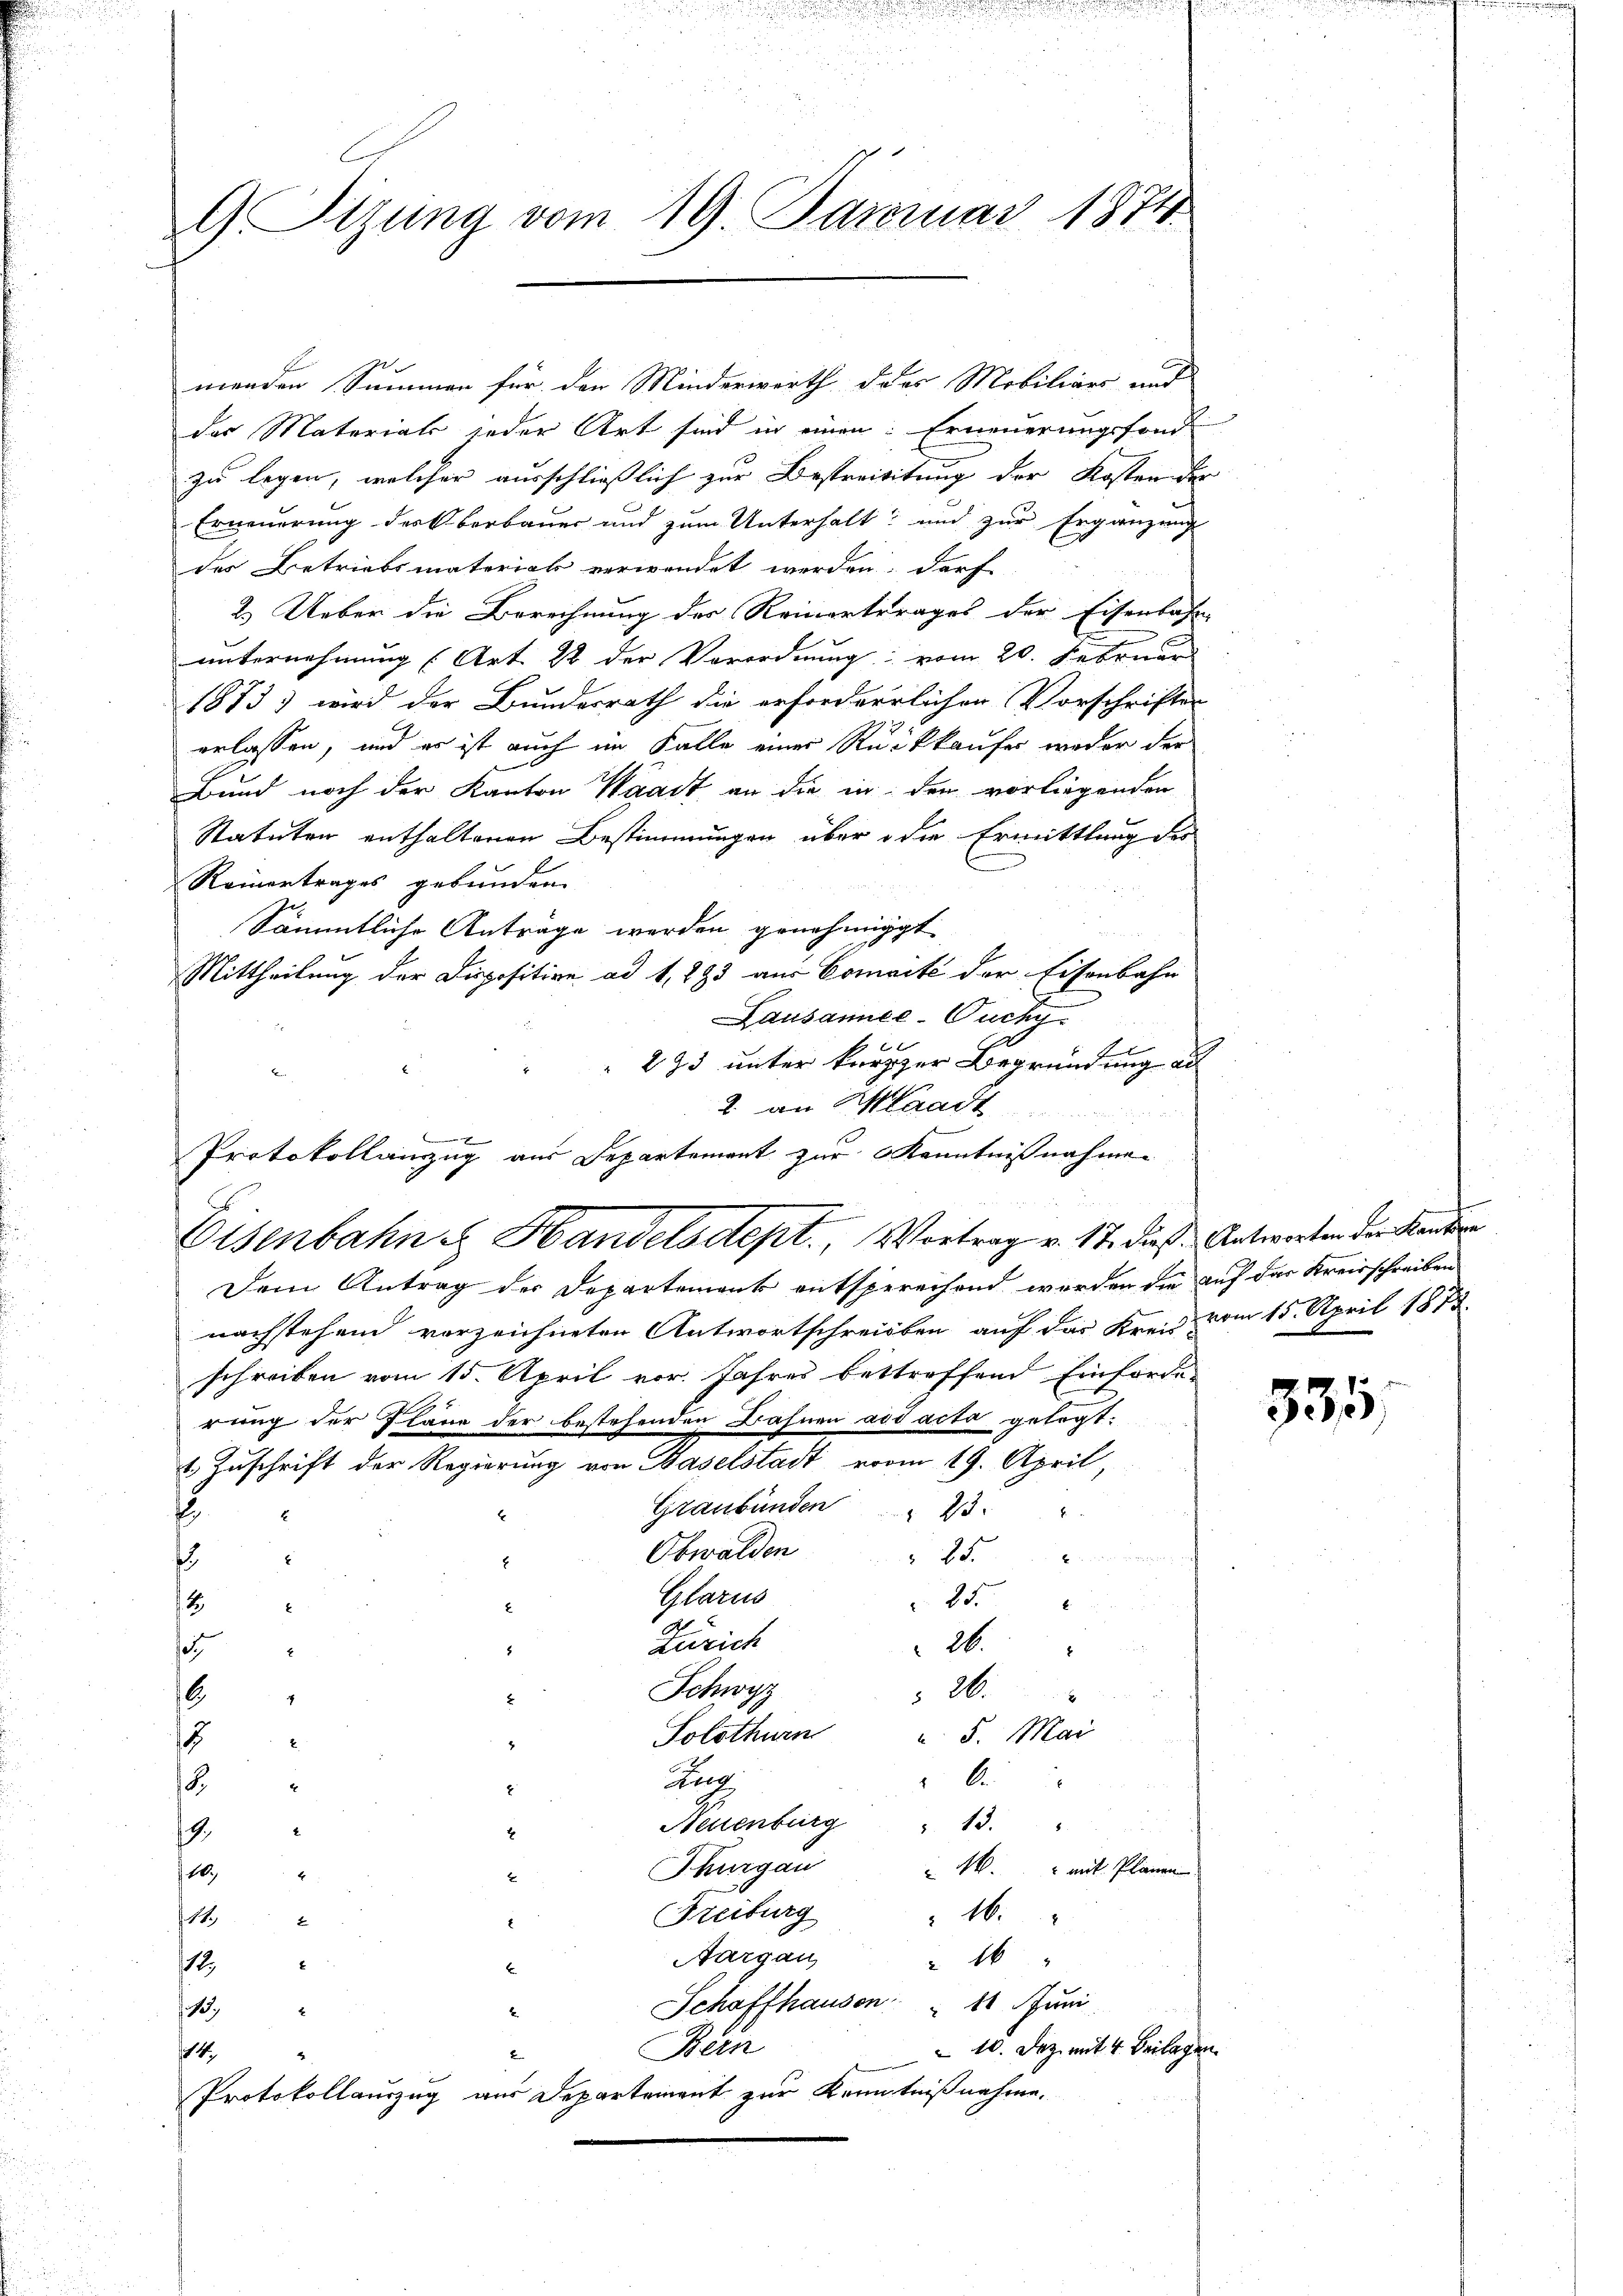
G Sitzung vom 19. Januar 1874

menden Summen für den Minderwerth des Mobiliars und
der Materials jeder Art sind in einen: Erneuerungsfond
zu legen, welcher ausschließlich zur Bestreisitung der Kosten der
Erneuerung der berbauer und zum Unterhalt und zur Ergänzung
der Betriebsmaterial verwendet werden, darf
2.) Ueber die Berechnung der Reinertrages der Eisenbahn-
unternehmung (Art. 22 der Verordnung vom 20. Februar
1883) wird der Bundesrath die erforderrlichen Vorschriften
erlassen, und es ist auch im Falle einer Rückkaufer weder der
Bund noch der Kanton Waadt an die in den vorliegenden
Statuten enthaltenen Bestimmungen über die Ermittlung des
Reinertrages gebunden.
Sämmtliche Antrage werden genehmiggt
Mittheilung der Disposition ad 1, 893 aus Comacte der Eisenbahn
Lausannee-Ouchy
 293 unter kurzer Begründung an
2. an Waadt
7
Protokollanzug aus Departement zur Kenntnißnahmen

Eisenbahn & Handelsdept., Vortrag v. 17. die

Dem Antrag der Departement entsprechend werden de
nachstehend vorzeichneten Antwortschreiben auf das Krei
schreiben vom 15. April vor. Jahres bettreffend Einfor
rung der Pläne der bestehenden Bahnen ad acta gelegt:
1. Zuschrift der Regierung von Baselstadt vom 19. April,
Graubünden " 23. "
8
E
Obwalden
25.
E
d
Glarus
25
t
Zürich
26.
s
Schwyz
26.
16.
2
4
u 5. Mai
Solothurn
1
d
b
4
8.
Neuenburg " 13. "
.
Thurgau
M. mit Planen
10.
Freiburg
16.
11.
2
Aargau
 16
E
12.
E
Schaffhausen: " 11 Juni
139
2.
Bern
 10. Dez. mit 4 Beilagen.
2
142
Protokollauszug aus Departement zur Kenntnißnahme.

d. Antworten der Kanton
n auf das Kreisschreiben
vom 15. April 1873.
rch

335.